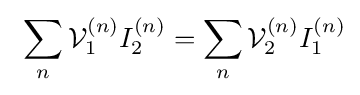
\ \sum _{n}{\mathcal {V}}_{1}^{(n)}I_{2}^{(n)}=\sum _{n}{\mathcal {V}}_{2}^{(n)}I_{1}^{(n)}